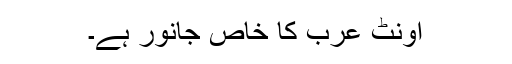
اونٹ عرب کا خاص جانور ہے۔